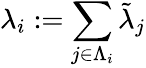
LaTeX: \lambda_{i}:=\sum_{j\in\Lambda_{i}}\tilde{\lambda}_{j}